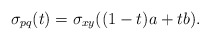
\begin{align*} \sigma_{pq}(t) = \sigma_{xy}((1-t)a+ tb). \end{align*}